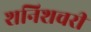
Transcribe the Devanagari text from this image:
शनिशचरी